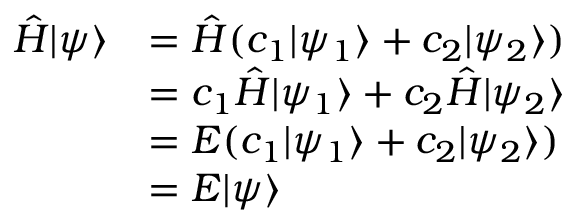
{ \begin{array} { r l } { { \hat { H } } | \psi \rangle } & { = { \hat { H } } ( c _ { 1 } | \psi _ { 1 } \rangle + c _ { 2 } | \psi _ { 2 } \rangle ) } \\ & { = c _ { 1 } { \hat { H } } | \psi _ { 1 } \rangle + c _ { 2 } { \hat { H } } | \psi _ { 2 } \rangle } \\ & { = E ( c _ { 1 } | \psi _ { 1 } \rangle + c _ { 2 } | \psi _ { 2 } \rangle ) } \\ & { = E | \psi \rangle } \end{array} }